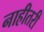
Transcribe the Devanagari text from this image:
नाहीतरी